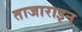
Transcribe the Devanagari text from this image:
ताजाराइन